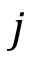
j